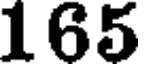
165